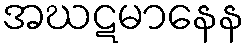
အဃဋမာနေန